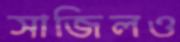
সাজিলও